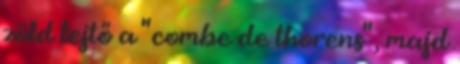
zöld lejtő a " combe de thorens" , majd